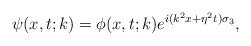
\begin{align*}\psi(x,t;k)=\phi(x,t;k)e^{i(k^2x+\eta^2t)\sigma_3},\end{align*}